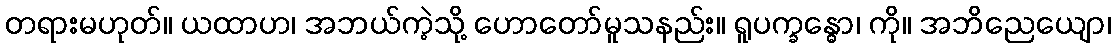
တရားမဟုတ်။ ယထာဟ၊ အဘယ်ကဲ့သို့ ဟောတော်မူသနည်း။ ရူပက္ခန္ဓော၊ ကို။ အဘိညေယျော၊